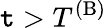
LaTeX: \mathtt{t}>T^{\mathrm{{(B)}}}